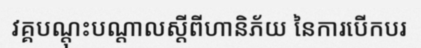
វគ្គបណ្តុះបណ្តាលស្តីពីហានិភ័យ នៃការបើកបរ